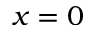
x = 0